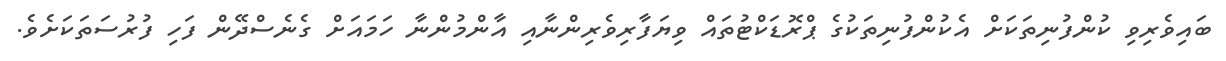
ބައިވެރިވި ކުންފުނިތަކަށް އެކުންފުނިތަކުގެ ޕްރޮޑަކްޓުތައް ވިޔަފާރިވެރިންނާއި އާންމުންނާ ހަމައަށް ގެނެސްދޭން ފަހި ފުރުސަތަކަށެވެ.